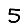
Digit: 5